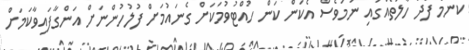
ކޮންމެ ފަދަ ހާލަތެއްގައި ނަމަވެސް އެކަން ކަން ހުއްޓުވުމަކަށް ގެނައުމަށް ފުލުހުންނަށް އަންގާފައިވާކަމަށް